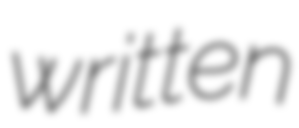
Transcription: written